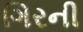
ગિરની